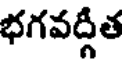
భగవద్గీత